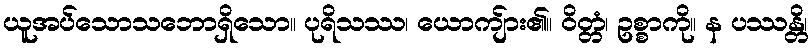
ယူအပ်သောသဘောရှိသော။ ပုရိသဿ၊ ယောကျ်ား၏။ ဝိတ္တံ၊ ဥစ္စာကို။ န ပဿန္တိ၊